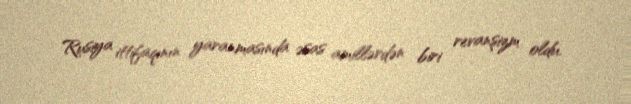
Rusiya ittifaqının yaranmasında əsas amillərdən biri revanşizm oldu.